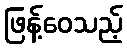
ဖြန့်ဝေသည့်